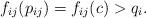
LaTeX: \begin{align*}f_{ij}(p_{ij})=f_{ij}(c) > q_i.\end{align*}